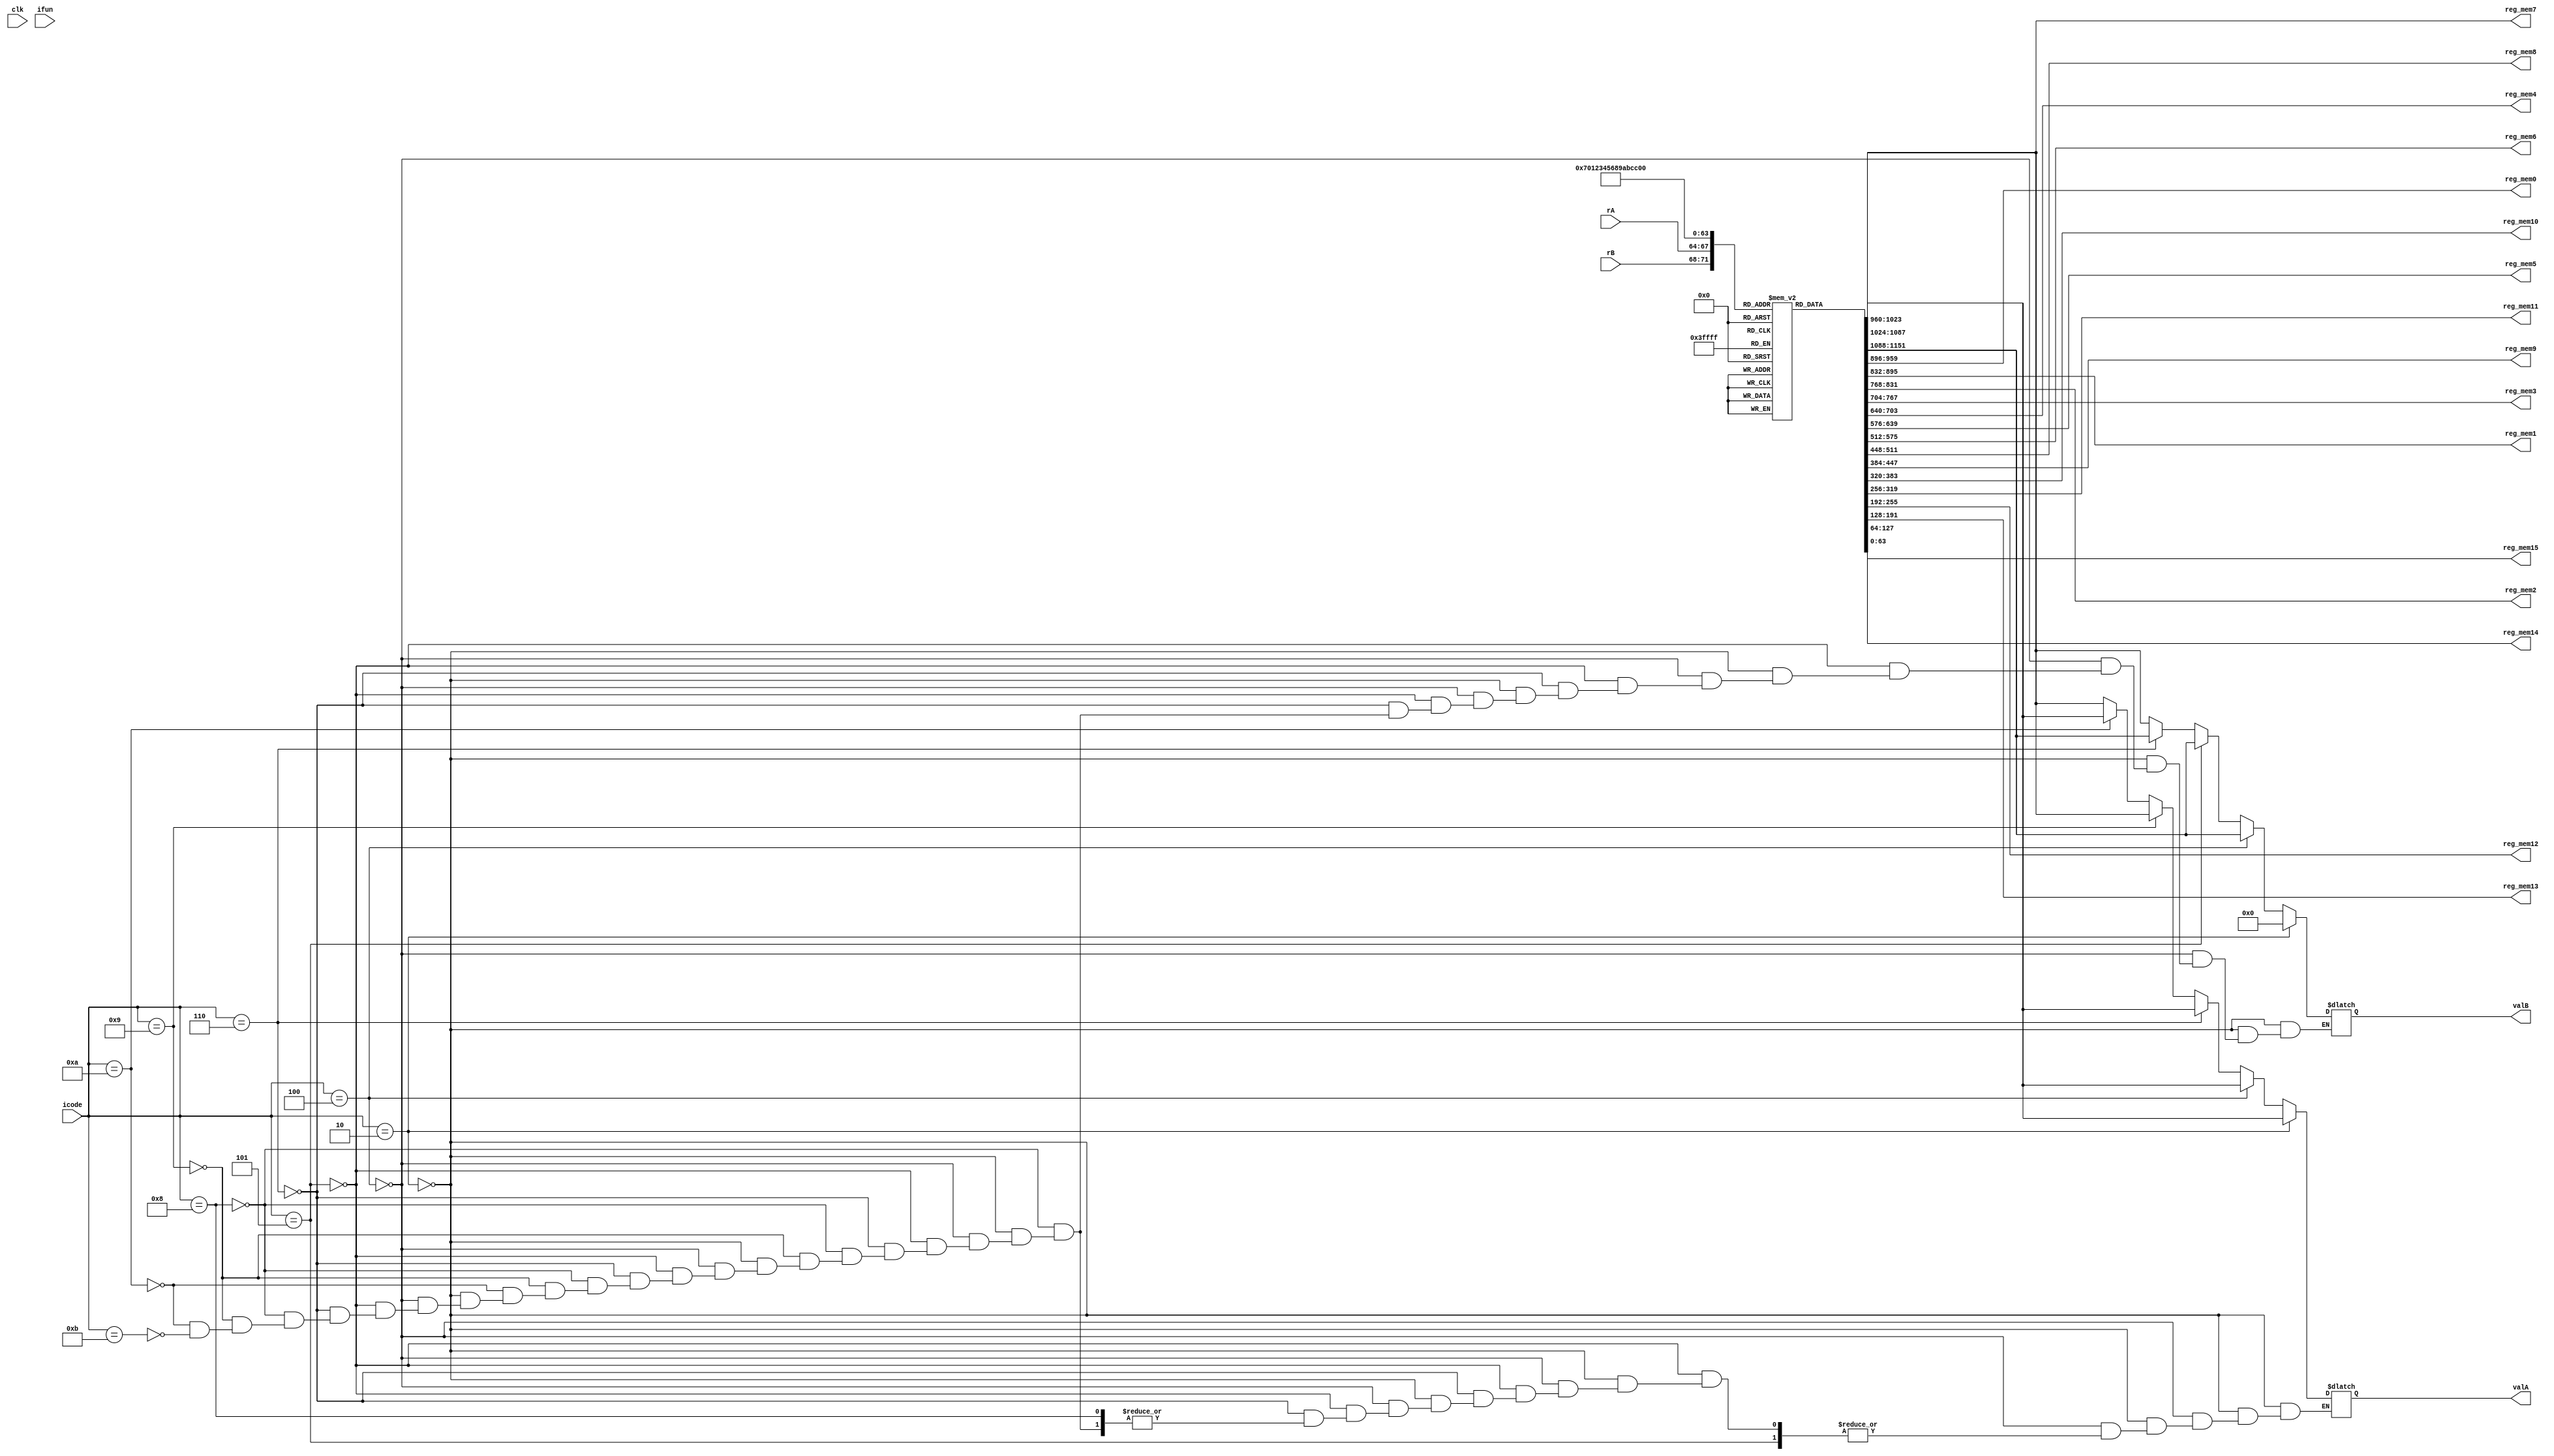
`timescale 1ns/10ps

module decode(clk,icode,ifun,rA,rB,valA,valB,reg_mem0,reg_mem1,reg_mem2,reg_mem3,reg_mem4,reg_mem5,reg_mem6,reg_mem7,reg_mem8,reg_mem9,reg_mem10,reg_mem11,reg_mem12,reg_mem13,reg_mem14,reg_mem15);

input clk;

input [4:1] icode;
input [4:1] ifun;
input [4:1] rA;
input [4:1] rB;

output  reg [64:1]valA;
output  reg [64:1]valB;
output reg [64:1]reg_mem0;
output reg [64:1]reg_mem1;
output reg [64:1]reg_mem2;
output reg [64:1]reg_mem3;
output reg [64:1]reg_mem4;
output reg [64:1]reg_mem5;
output reg [64:1]reg_mem6;
output reg [64:1]reg_mem7;
output reg [64:1]reg_mem8;
output reg [64:1]reg_mem9;
output reg [64:1]reg_mem10;
output reg [64:1]reg_mem11;
output reg [64:1]reg_mem12;
output reg [64:1]reg_mem13;
output reg [64:1]reg_mem14;
output reg [64:1]reg_mem15;



// reg rax = 4'd0;
// reg rbx = 4'd1;
// reg rcx = 4'd2;
// reg rdx = 4'd3;
// reg rsi = 4'd4;
// reg rdi = 4'd5;
// reg rbp = 4'd6;
// reg rsp = 4'd7;
// reg r8 = 4'd8;
// reg r9 = 4'd9;
// reg r10 = 4'd10;
// reg r11 = 4'd11;
// reg r12 = 4'd12;
// reg r13 = 4'd13;
// reg r14 = 4'd14;
// reg r15 = 4'd15;

 reg [64:1] registers[15:0];
initial begin

registers[0] = 64'd0;
registers[1] = 64'd1;
registers[2] = 64'd2;
registers[3] = 64'd3;
registers[4] = 64'd4;
registers[5] = 64'd5;
registers[6] = 64'd6;
registers[7] = 64'd7;
registers[8] = 64'd8;
registers[9] = 64'd9;
registers[10] = 64'd10;
registers[11] = 64'd11;
registers[12] = 64'd12;
registers[13] = 64'd13;
 registers[14] = 64'd14;
registers[15] = 64'd15;

         


end


always @ (*)
begin


//    if(icode == 4'b0000)   // halt
//    begin
    
//    end
      

    //   else if(icode == 4'b0001)   // nop
    //   begin
      
    //   end


      if(icode == 4'b0010)     //cmmovxx
     begin
        valA = registers[rA];
        valB = 64'd0;
     end


   //   else if (icode == 4'b0011)   //irmovq
   //   begin
           
   //   end

     else if (icode == 4'b0100)   // rmmovq
     begin
         valB = registers[rB];
        valA = registers[rA];
     end

  else if (icode == 4'b0101)   // mrmovq
     begin
        
        valB = registers[rB];
     end
 
 else if(icode == 4'b0110)   //opq
 begin
    valA = registers[rA];
        valB = registers[rB];
 end

// else if(icode == 4'b0111)   //jxx
// begin
     
// end


else if(icode == 4'b1000) //call
    begin
        valB = registers[7];  //rsp
    end    
    
    else if(icode == 4'b1001) //ret
    begin
       valA = registers[7];
       valB = registers[7];
    end    
    
    else if(icode == 4'b1010) //pushq
    begin
        valA = registers[rA];
       valB = registers[7];
    end    
    
    else if(icode == 4'b1011) //popq    
    begin
       valA = registers[7];
       valB = registers[7];
    end    

reg_mem0 = registers[0];
reg_mem1 = registers[1];
reg_mem2 = registers[2];
reg_mem3 = registers[3];
reg_mem4 = registers[4];
reg_mem5 = registers[5];
reg_mem6 = registers[6];
reg_mem7 = registers[7];
reg_mem8 = registers[8];
reg_mem9 = registers[9];
reg_mem10 = registers[10];
reg_mem11 = registers[11];
reg_mem12 = registers[12];
reg_mem13 = registers[13];
reg_mem14 = registers[14];
reg_mem15 = registers[15];






end

endmodule